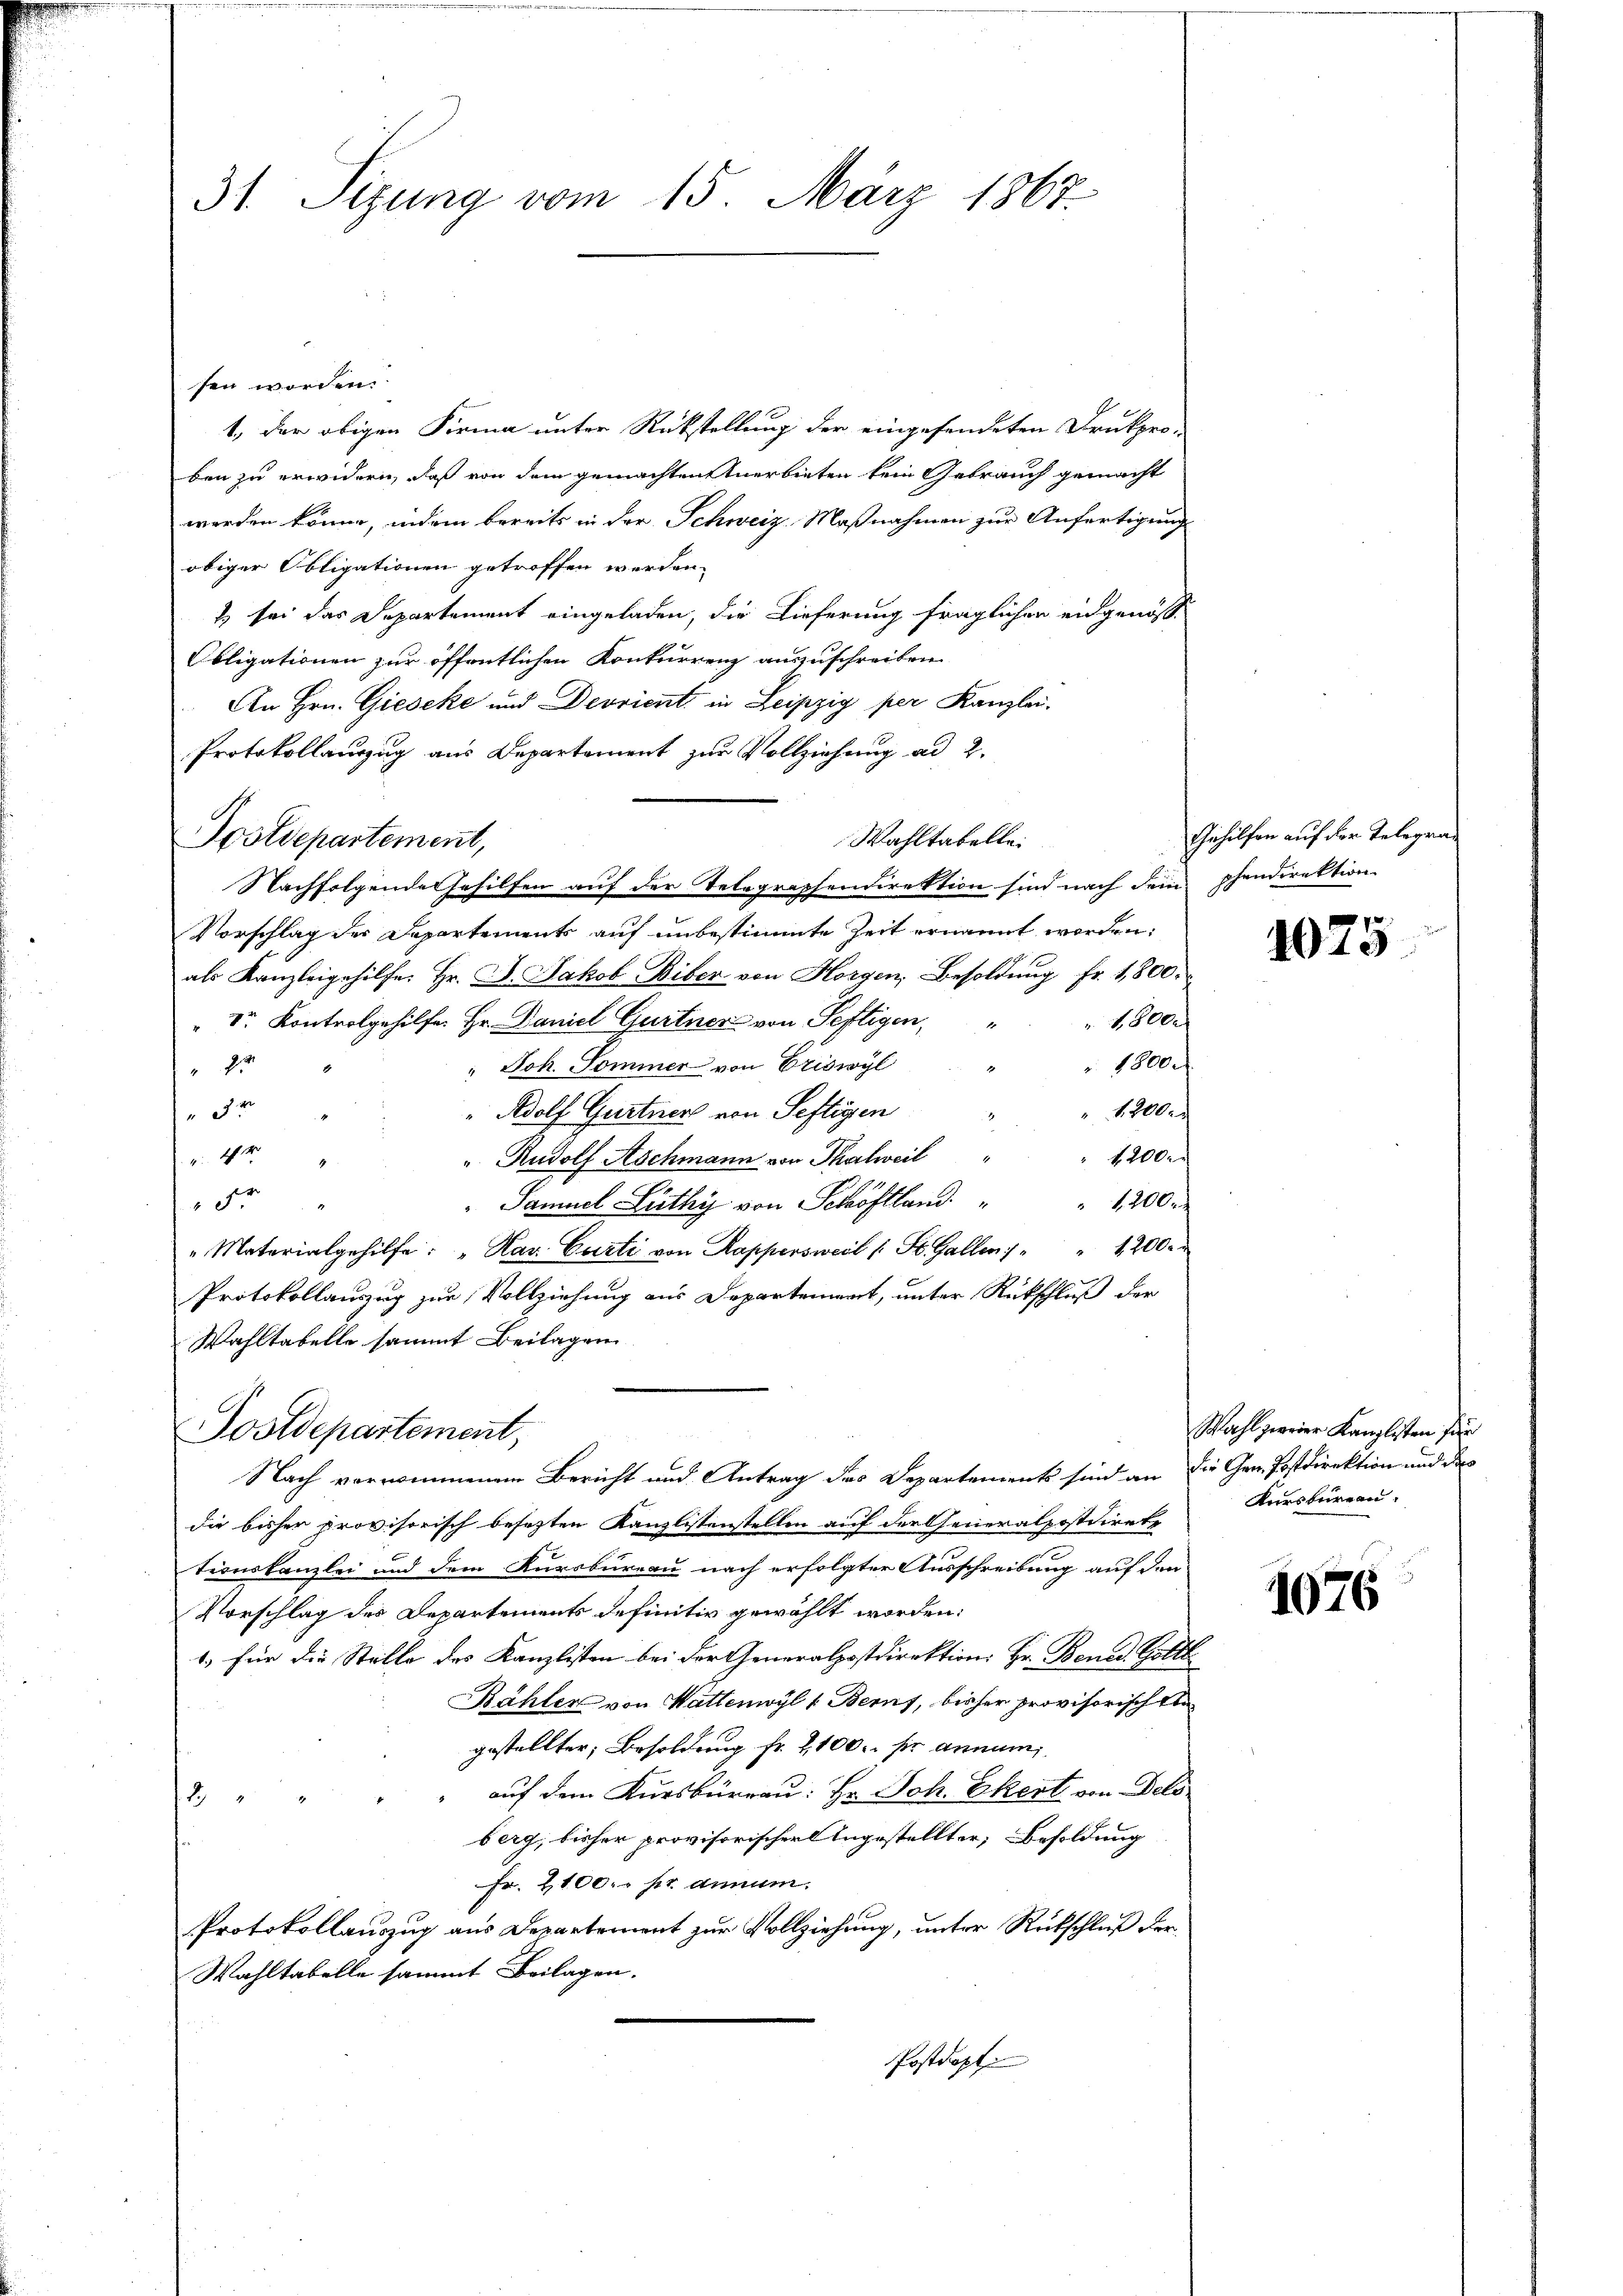
31. Sizung vom 15. März 1867.

sen worden
1., der obigen Firma unter Rükstellung der eingesendeten Drukpro-
ben zu erwidern, daß von dem gemachten Anerbieten kein Gebrauch gemacht
werden könne, indem bereits in der Schweiz Maßnahmen zur Anfertigungs
obiger Obligationen getroffen werden.
t sei das Departement eingeladen, die Lieferung fraglichen eidgenös¬
Obligationen zur öffentlichen Konkurrenz auszuschreiben.
An Hrn. Gieseke und Devrient in Leipzig per Kanzlei.
Protokollauszug aus Departement zur Vollziehung ad 2.
Postdepartement,
Wahltabellei
Nachfolgende Gehilfen auf der Telegraphendirektion sind nach dem phendirektion
Vorschlag des Departements auf unbestimmte Zeit ernannt worden;
als Kanzleigehilfe. Hr. D. Jakob Biber von Horgen, Besoldung Fr. 1,800.
1e
" Dr. Kontrolgehilfe. Hr. Daniel Gurtner von Seftigen,
 18000
 Joh. Sommer von Eriswyl
25
"Adolf Gurtner von Seftigen
" 12000
se de
1200.
 4
" Rudolf Aschmann von Thalweil
Samuel Lüthy von Schöftland. " " 1200 r
r
" Materialgehilfe: "Har. Curti von Kappersweil (: St. Gallen: " " 1200.
Protokollauszug zur Vollziehung aus Departement, unter Rückschluß der
Wahltabelle sammt Beilagen.
Postdepartement,
Nach vernommenem Bericht und Antrag des Departements sind an die Gem. Postdirektion und der
die bisher provisorisch besezten Kanzlistenstellen auf der Generalpostdiret
tionskanzlei und dem Kursbureau nach erfolgter Ausschreibung auf den
Vorschlag des Departements definitiv gewählt worden:
1.) für die Stelle des Kanzlisten bei der Generalpostdirektion: Hr. Bened. Gotte
Bähler von Wattenwyl v. Berns, bisher provisorisch ken
gestellter, Besoldung fr. 2100. sie annum
auf dem Kursbürrau: Hr. Joh. Ekert von Dels
e
berg, bisher provisorischerlingestellter, Besoldung
Fr. 2100. pr. annum.
Protokollauszug aus Departement zur Vollziehung, unter Rückschluß der¬
Wahltabelle sammt Beilagen.
Postdopt

Gehilfen auf der Telegra¬

p.
1049

Wahl zweier Kanzlisten für
Kursbureau.

1076